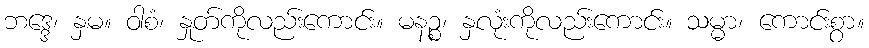
ဘဒ္ဒေ၊ နှမ။ ဝါစံ၊ နှုတ်ကိုလည်းကောင်း။ မနဉ္စ၊ နှလုံးကိုလည်းကောင်း။ သမ္မာ၊ ကောင်းစွာ။